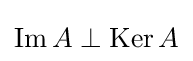
\mathop {\text{Im}} A\perp \mathop {\text{Ker}} A